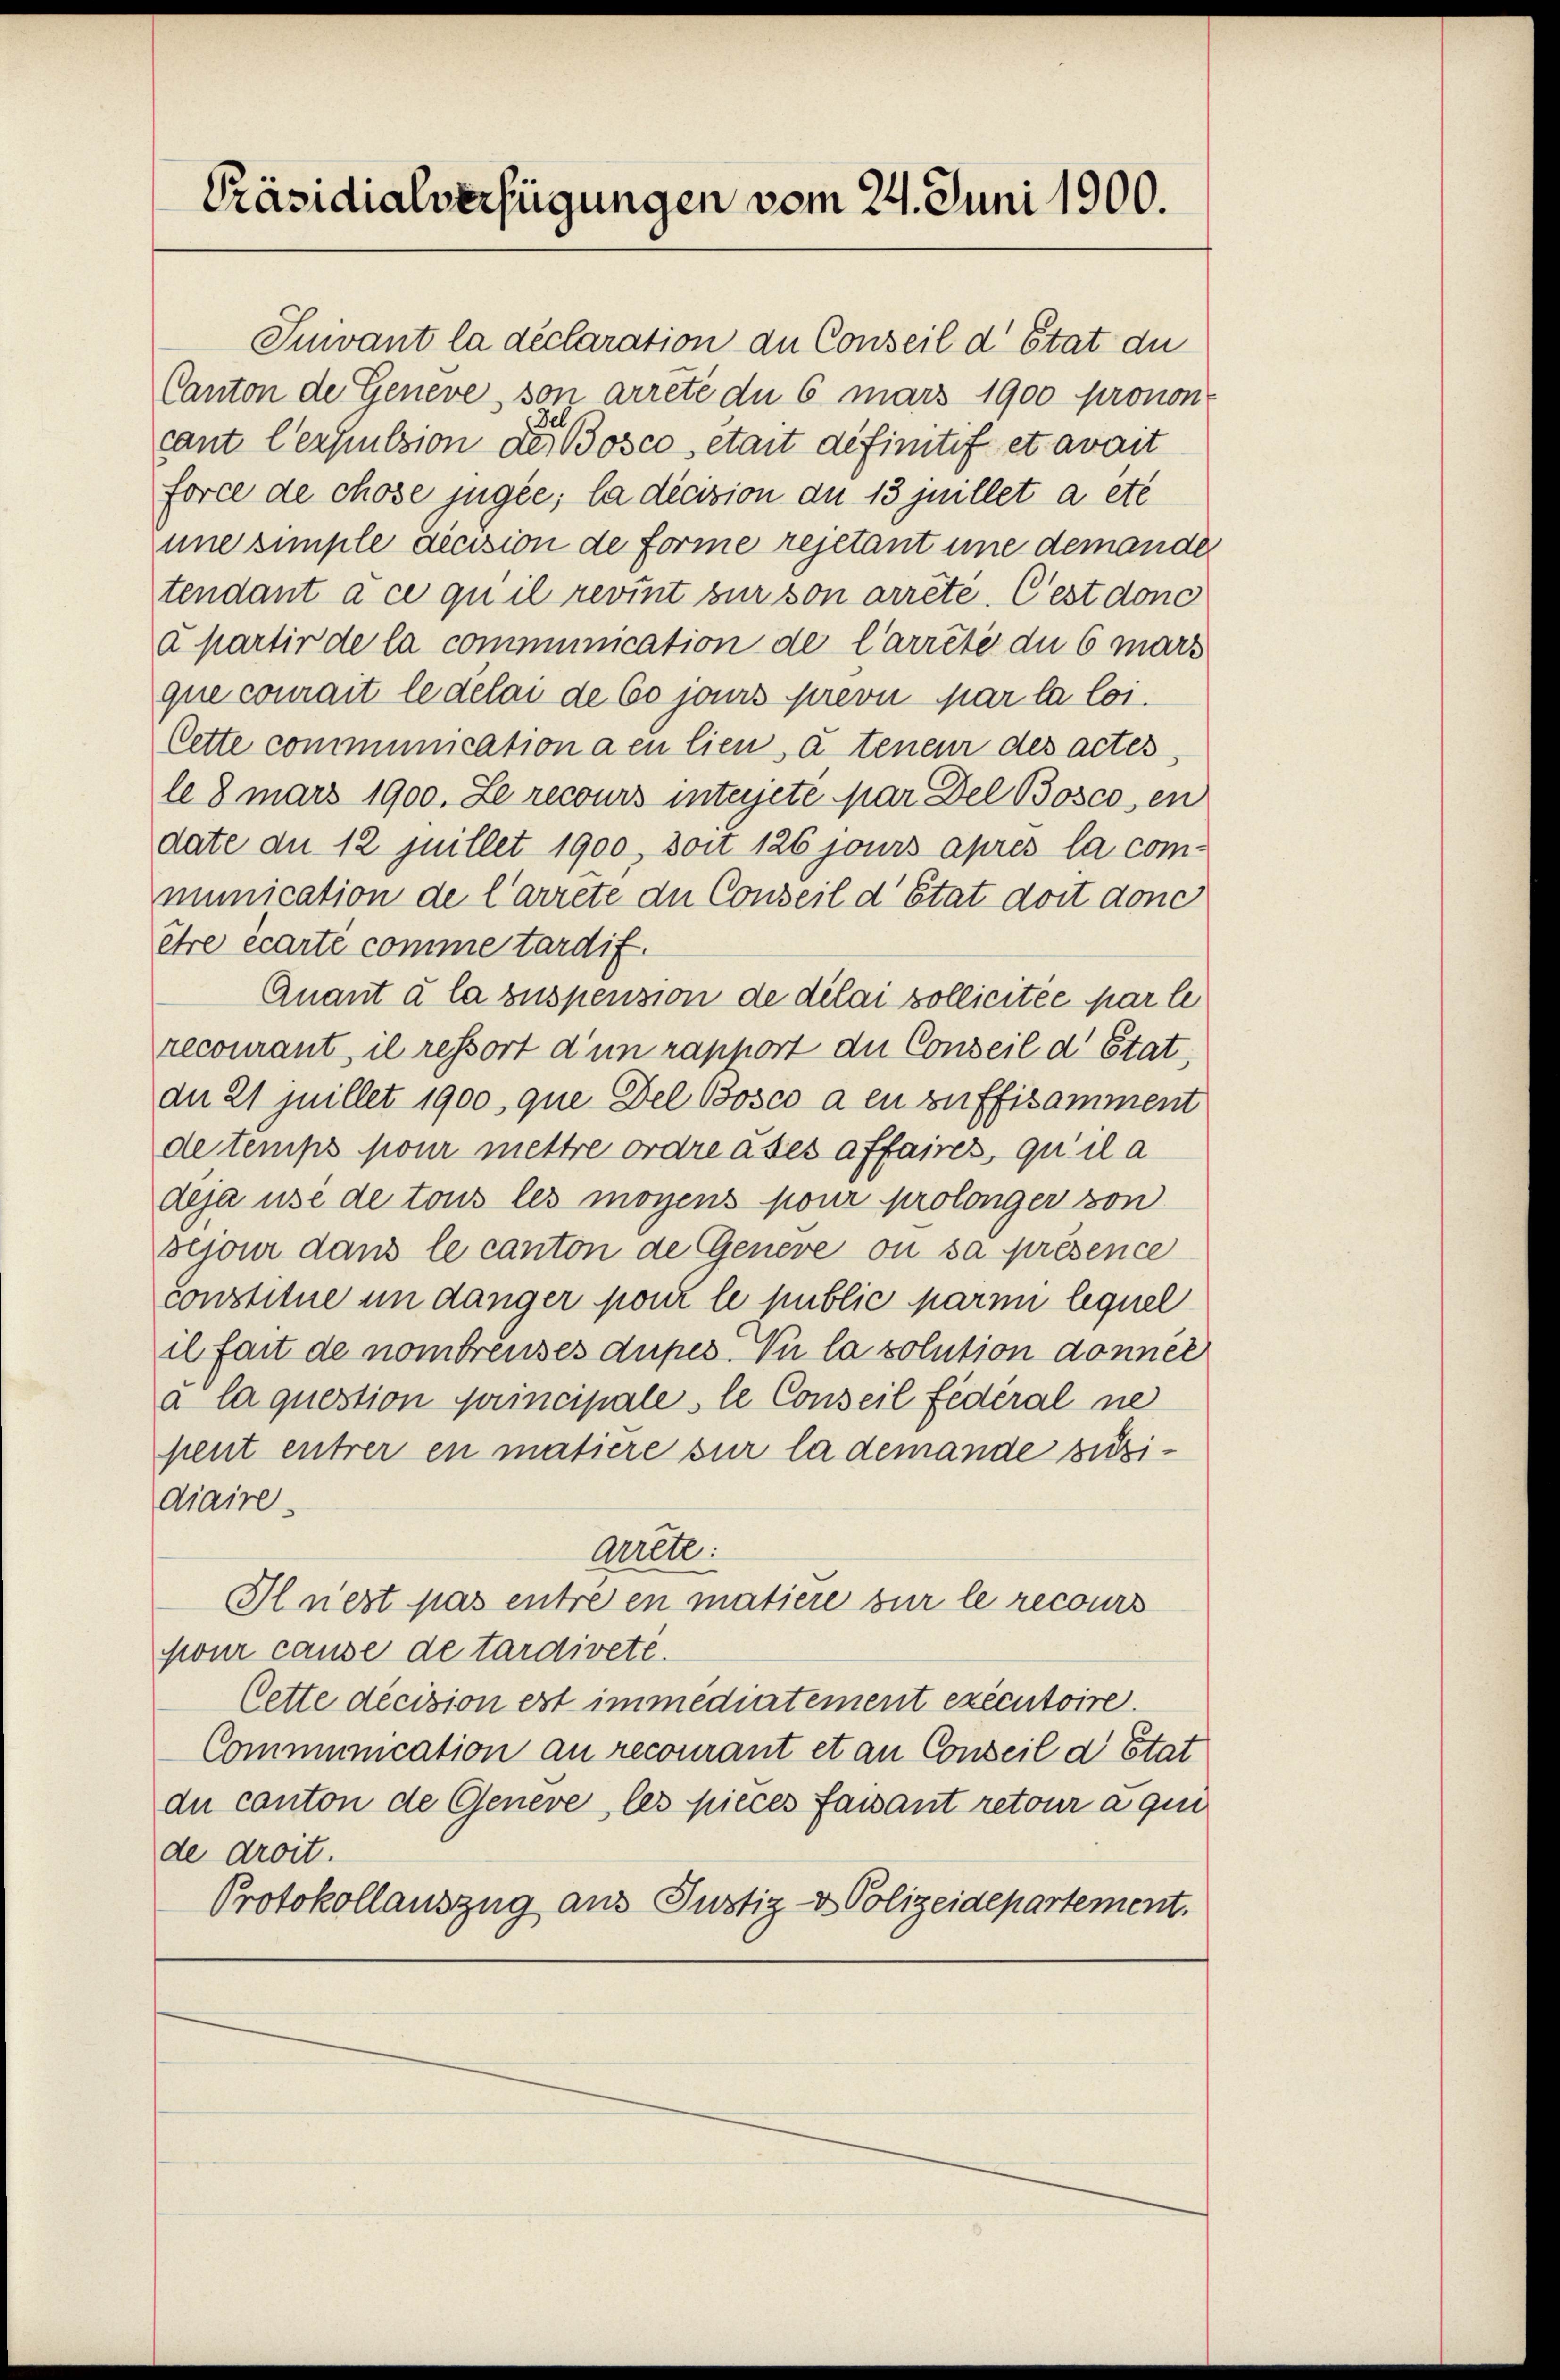
Präsidialverfügungen vom 24. Juni 1900.

Juivant la déclaration an Conseil d’Etat du
Canton de Geneve, von arrêté du 6 mars 1900 pronon
el
cant lexpulsion des Bosco etait definitif et avait
force de chose jugée; la décision an 13 juillet a etc
une simple dicision de Forme rejetant une demande
tendant à ce qu’il revint zur son arrêté. Cest donc
à partir de la communication de Carrété du 6 mars
que courait le délai de 60 jans prevu par la loi.
Cette communication den lieu, à tenen des actes
le 8 mars 1900. Le recours interjete par Del Bosco, en
date du 12 juillet 1900, soit 126 jours après la communication de l’arrête de Conseil d’Etat dort donc
être écarte comme tardif.
Quant à la suspension de délai sollicitée par le
recourant, il ressort d’un rapport du Conseil d’Etat,
dn 21 juillet 1900, que Del Bosco a eu zuffisamment
de temps pour mettre ordre ates affaires, qu’il a
deja usé de tous les moyens pour prolonger von
bejour dans le canton de Geneve ou sa présence
Constitue in danger pour le public parmi lequel
il fait de nombreuses dupes. Nur la solution donner
a la question principale le Conseil fédéral ne
pent entrer en matiere sur la demande zuzidiaire.
arrete.
Il nest pas entre en matière sur le recours
pour cause de tardiveté.
Cette decision est immediatement executoire.
Communication an recourant et an Conseil d. Stat
du canton de Geneve, les pieces faisant retour a qui
de droit.
Protokollauszug aus Justiz- & Polizeidepartement.